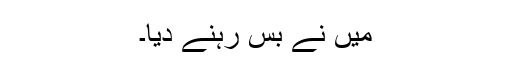
میں نے بس رہنے دیا۔